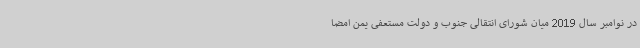
در نوامبر سال 2019 میان شورای انتقالی جنوب و دولت مستعفی یمن امضا